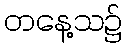
တနေ့သ၌